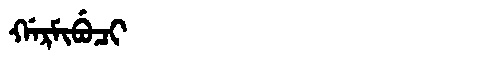
Manchu: ᡤᠠᡵᠮᡳᠪᡠᠴᡳ
Romanization: GARMIBUCI